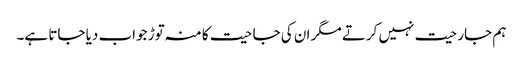
ہم جارحیت نہیں کرتے مگر ان کی جاحیت کا منہ توڑ جواب دیا جاتا ہے۔